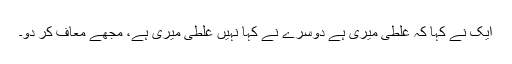
ایک نے کہا کہ غلطی میری ہے دوسرے نے کہا نہیں غلطی میری ہے، مجھے معاف کر دو۔